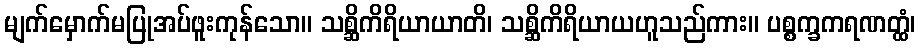
မျက်မှောက်မပြုအပ်ဖူးကုန်သော။ သစ္ဆိကိရိယာယာတိ၊ သစ္ဆိကိရိယာယဟူသည်ကား။ ပစ္စက္ခကရဏတ္ထံ၊